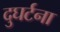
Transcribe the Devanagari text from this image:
दुघर्टना